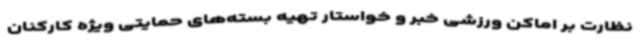
نظارت بر اماکن ورزشی خبر و خواستار تهیه بسته‌های حمایتی ویژه کارکنان